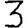
Digit: 3